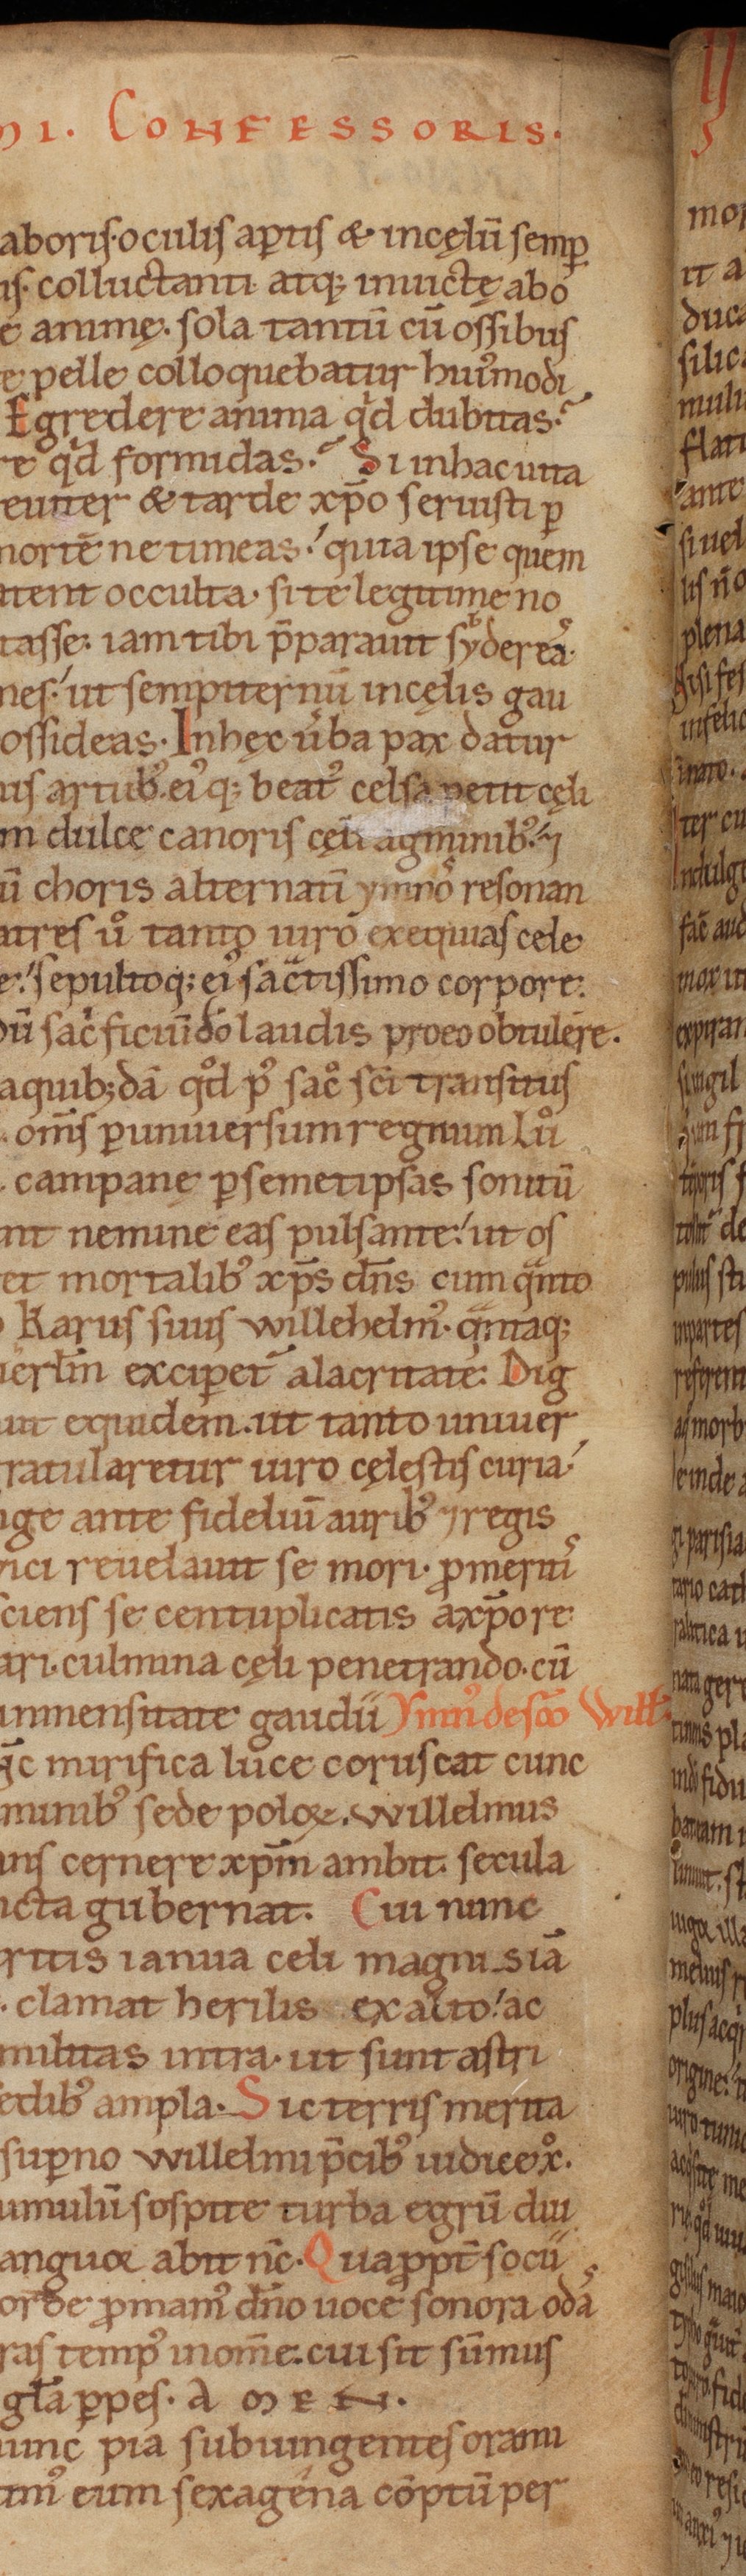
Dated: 1140–1170